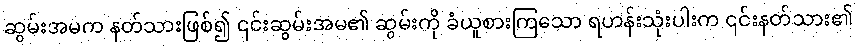
ဆွမ်းအမက နတ်သားဖြစ်၍ ၎င်းဆွမ်းအမ၏ ဆွမ်းကို ခံယူစားကြသော ရဟန်းသုံးပါးက ၎င်းနတ်သား၏